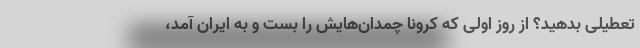
تعطیلی بدهید؟ از روز اولی که کرونا چمدان‌هایش را بست و به ایران آمد،